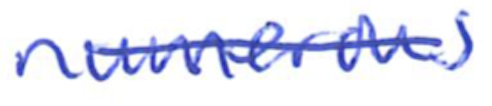
Text: numerous
Cross-out: single-line
Writing tool: ballpoint